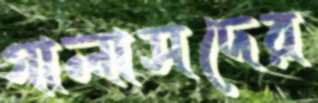
গালাসদের